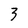
Character: 3